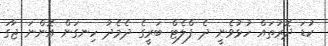
ކުޑަ ދޮރުތައް ހުޅުވެނީ ދެ ފްލެޓް ބަރީގެ ދެމެދު ހިނގަން އޮންނަ ޖާގަ